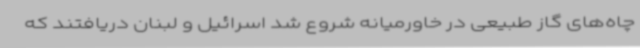
چاه‌های گاز طبیعی در خاورمیانه شروع شد اسرائیل و لبنان دریافتند که